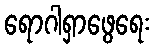
ရောဂါရှာဖွေရေး